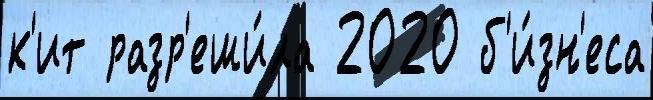
к'ит разр'еши́ла 2020 б'и́зн'еса